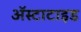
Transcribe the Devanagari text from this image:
अॅस्टाटाइड